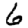
Digit: 6